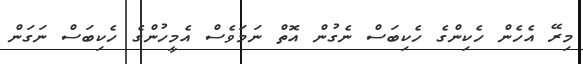
މިރޭ އެހެން ހެކިންގެ ހެކިބަސް ނެގުން އޮތް ނަމަވެސް އެމީހުންގެ ހެކިބަސް ނަގަން